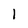
Character: l